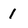
Character: 1